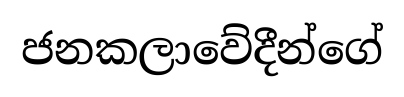
ජනකලාවේදීන්ගේ